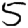
Digit: 5